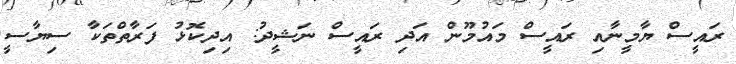
ރައީސް ޔާމީނާއި ރައީސް މައުމޫން އަދި ރައީސް ނަޝީދު: އިދިކޮޅު ފަރާތްތަކާ ސިޔާސީ